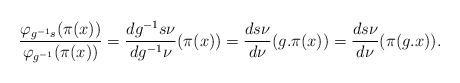
LaTeX: \begin{align*}\frac{\varphi_{g^{-1}s}(\pi(x))}{\varphi_{g^{-1}}(\pi(x))}=\frac{dg^{-1}s\nu}{dg^{-1}\nu}(\pi(x))=\frac{ds\nu}{d\nu}(g.\pi(x))=\frac{ds\nu}{d\nu}(\pi(g.x)).\end{align*}